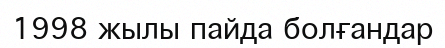
1998 жылы пайда болғандар